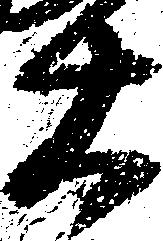
太